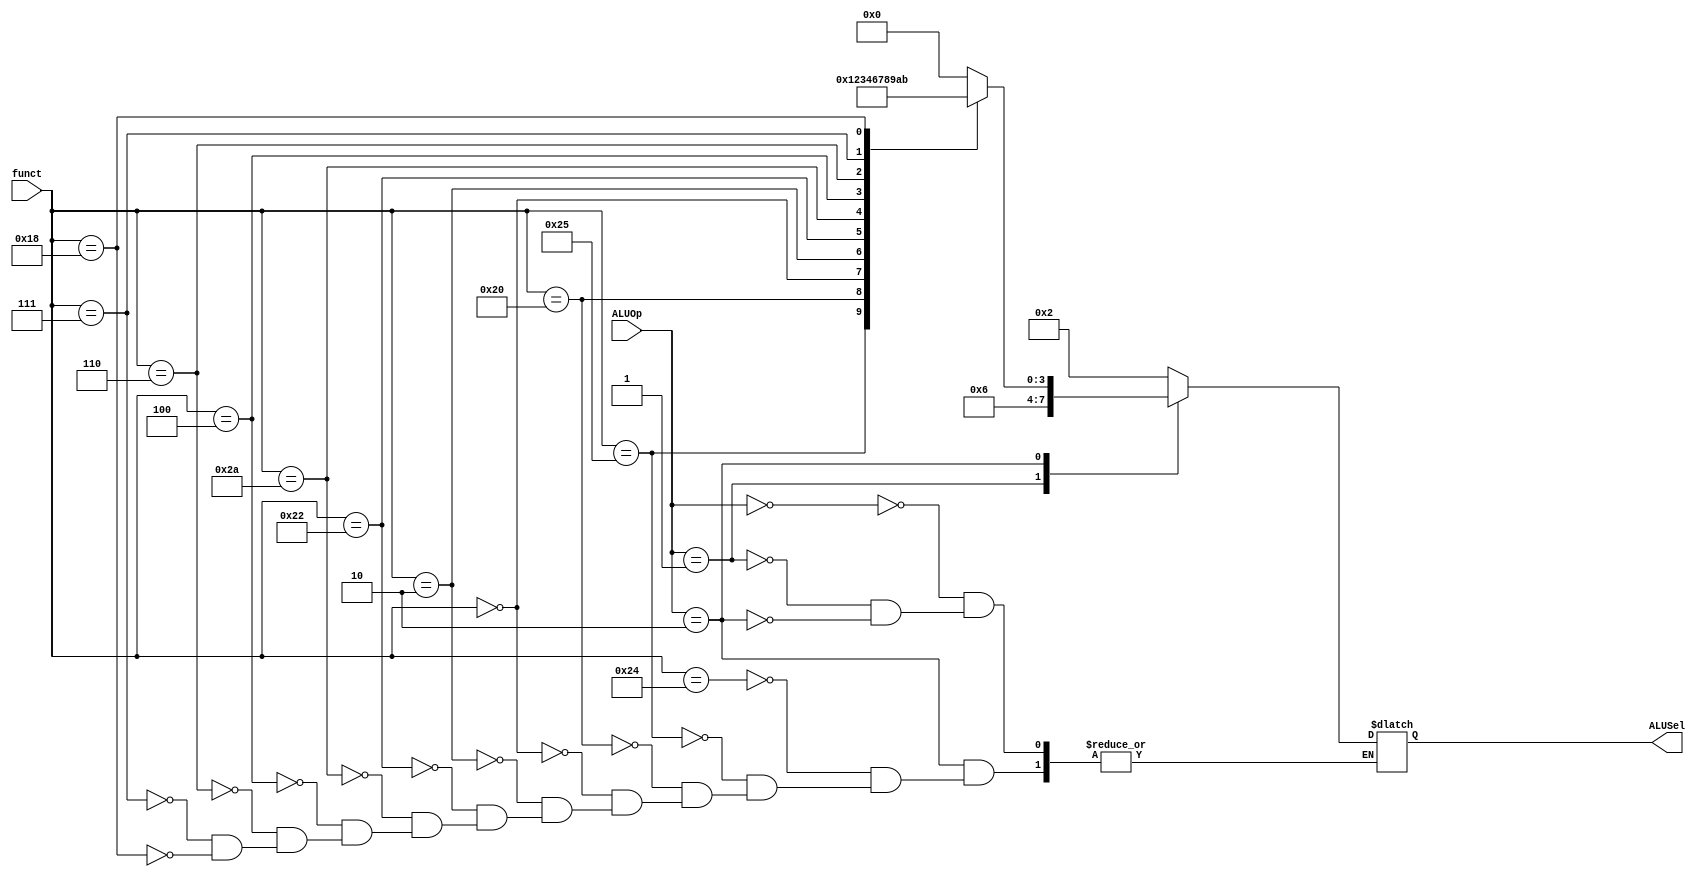
`timescale 1ns / 1ps
//////////////////////////////////////////////////////////////////////////////////
// Company: 
// Engineer: 
// 
// Design Name: 
// Module Name: ALU_Decoder
// Project Name: 
// Target Devices: 
// Tool Versions: 
// Description: 
// 
// Dependencies: 
// 
// Revision:
// Revision 0.01 - File Created
// Additional Comments:
// 
//////////////////////////////////////////////////////////////////////////////////


/// ALU DECODER ///
/*
    ALUOp = 00 is used for calculating the effectiveness address of the memory when executing lw and sw
    ALUOp = 01 is used when executing BRANCH instruction and SUBTRACTING rs from rt
*/
module ALU_Decoder(
input [1 : 0] ALUOp,
input [5 : 0] funct,
output reg [3 : 0] ALUSel
);

always @(*) begin
    case(ALUOp)
    
    2'b00: begin //LOAD WORD OR STORE WORD
        ALUSel <= 4'b0010; //ADD
    end
    
    2'b01: begin  //BEQ
        ALUSel <= 4'b0110; //SUBTRACT
    end
    
    2'b10: begin // LOOK AT FUNCT 1x
    
        case(funct)
        6'b100100: ALUSel <= 4'b0000;   //AND
        6'b100101: ALUSel <= 4'b0001;   //OR
        6'b100000: ALUSel <= 4'b0010;   //ADD
        6'b000000: ALUSel <= 4'b0011;   //SLL
        6'b000010: ALUSel <= 4'b0100;   //SRL
        6'b100010: ALUSel <= 4'b0110;   //SUBTRACT
        6'b101010: ALUSel <= 4'b0111;   //SLT
        6'b000100: ALUSel <= 4'b1000;   //SLLV
        6'b000110: ALUSel <= 4'b1001;   //SRLV
        6'b000111: ALUSel <= 4'b1010;   //SRAV
        6'b011000: ALUSel <= 4'b1011;   //MULTIPLICATION
        
        endcase //end case funct
           
    end 
    
    endcase

end//end always

endmodule